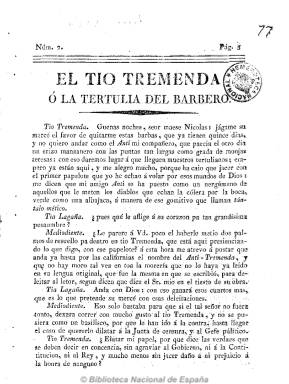
Título: El Tío Tremenda o La Tertulia del barbero
Otros títulos: Tertulia del barbero
Colección: Periódicos anteriores a 1850
Ámbito geográfico: Sevilla
Lugar de publicación: Sevilla
Fechas: 01/01/1820-31/12/1820

Publicación de tendencia servil en la que, con lenguaje popular, se ridiculiza las ideas liberales y las instituciones constitucionales, que aparece en Sevilla en abril de 1820. Su editor y redactor es el abogado absolutista José María del Río, quien desde 1812 a 1814 había publicado una cabecera similar –El Tío Tremenda o Los Críticos del Malecón- con un objetivo similar. Ahora, con el nuevo título comienza a publicarlo con frecuencia semanal (miércoles) en números de cuatro, ocho y dieciséis páginas no fechados en las imprentas de Padrino y de Caro, como réplica a la aparición de un periódico de las mismas características, pero de tendencia liberal, con el título de Tertulia del Malecón o El Anti-Tremenda, pues al final de algunos números expresará que “saldrá todas las semanas detrás de El Anti-Tremenda”.

Simulando un diálogo entre distintos personajes (Tío Tremenda, Tío Lagaña, Mediodiente, Lorenzo o P. Caton) y a través de cartas y en lenguaje sarcástico y de barrio da cuenta y ofrece sus opiniones sobre los acontecimientos políticos, atacando y ridiculizando las ideas liberales y constitucionales.

Del Río, que más tarde se pasará a las filas carlistas, volverá a recuperar el título original de su publicación –El Tío Tremenda o Los Críticos del Malecón- en 1823, cuando este segundo periodo liberal en España comience a dar su giro contrarrevolucionario, que acabará con la incursión de los 100.000 hijos de San Luis.

El lenguaje de esta publicación y otros títulos de la prensa satírica española decimonónica han sido analizados por Lola Pons Rodríguez, en la revista Philología hispalense (2000), y Ana Mancera Rueda, en el Boletín de la Real Academia Española (2012).